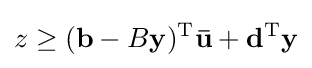
z\geq (\mathbf {b} -B\mathbf {y} )^{\mathrm {T} }\mathbf {\bar {u}} +\mathbf {d} ^{\mathrm {T} }\mathbf {y}